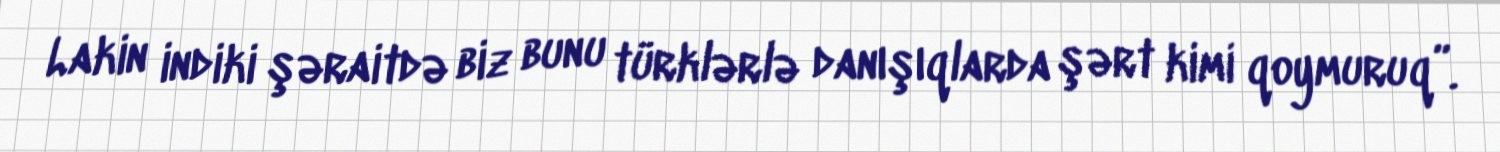
Lakin indiki şəraitdə biz bunu türklərlə danışıqlarda şərt kimi qoymuruq”.